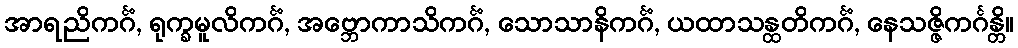
အာရညိကင်္ဂံ, ရုက္ခမူလိကင်္ဂံ, အဗ္ဘောကာသိကင်္ဂံ, သောသာနိကင်္ဂံ, ယထာသန္ထတိကင်္ဂံ, နေသဇ္ဇိကင်္ဂန္တိ။